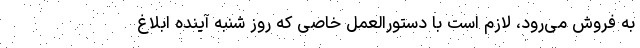
به فروش می‌رود، لازم است با دستورالعمل خاصی که روز شنبه آینده ابلاغ